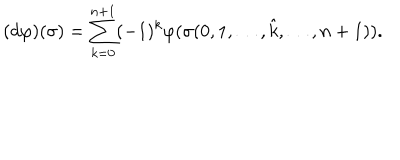
LaTeX: ( d \varphi ) ( \sigma ) = \sum _ { k = 0 } ^ { n + 1 } ( - 1 ) ^ { k } \varphi ( \sigma ( 0 , 1 , \dots , \hat { k } , \dots , n + 1 ) ) .